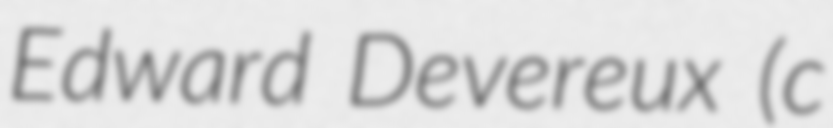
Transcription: Edward Devereux (c